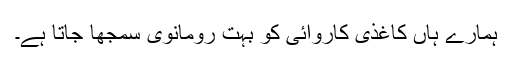
ہمارے ہاں کاغذی کاروائی کو بہت رومانوی سمجھا جاتا ہے۔